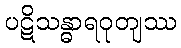
ပဋိသန္ဓာရဝုတျဿ